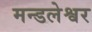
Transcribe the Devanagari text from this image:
मन्डलेश्वर